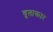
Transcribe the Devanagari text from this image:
वृ्ताकार